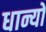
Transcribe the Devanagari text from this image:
धान्यों